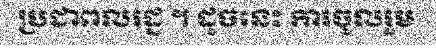
ប្រជាពលរដ្ន ។ ដូចនេះ ការចូលរួម